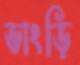
ভাংড়ি